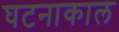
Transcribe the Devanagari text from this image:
घटनाकाल